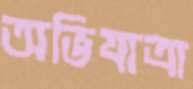
অভিযাত্রা